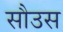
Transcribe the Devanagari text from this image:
सौउस